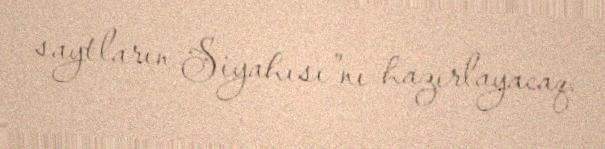
saytların Siyahısı”nı hazırlayacaq.